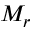
M _ { r }